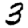
Digit: 3